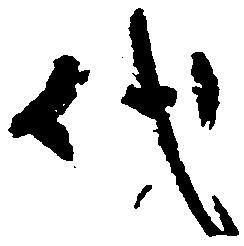
代